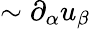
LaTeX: \sim\partial_{\alpha}u_{\beta}